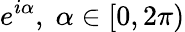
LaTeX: e^{i\alpha},\; \alpha\in[0,2\pi)